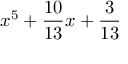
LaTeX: x ^ { 5 } + { \frac { 1 0 } { 1 3 } } x + { \frac { 3 } { 1 3 } }